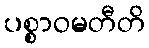
ပစ္စာဝမတီတိ